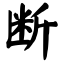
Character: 断